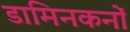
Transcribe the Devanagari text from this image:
डामिनकनों